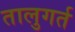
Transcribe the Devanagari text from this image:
तालुगर्त